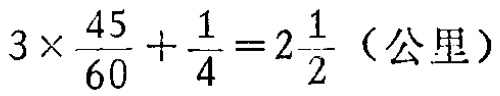
$3\times\frac{45}{60}+\frac{1}{4}=2\frac{1}{2}（公里）$